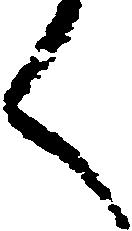
く